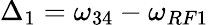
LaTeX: \Delta_{1}=\omega_{34}-\omega_{RF1}